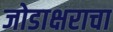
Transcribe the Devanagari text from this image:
जोडाक्षराचा